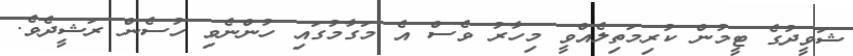
ޝަވީދުގެ ޓީމުން ކުރިމަތިލެއްވީ މިހާރު ވެސް އެ މަގާމުގައި ހުންނެވި ހުސެން ރަޝީދެވެ.